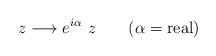
LaTeX: \begin{align*}z \longrightarrow e^{i \alpha}~z~~~~~~(\alpha = {\rm real})\end{align*}